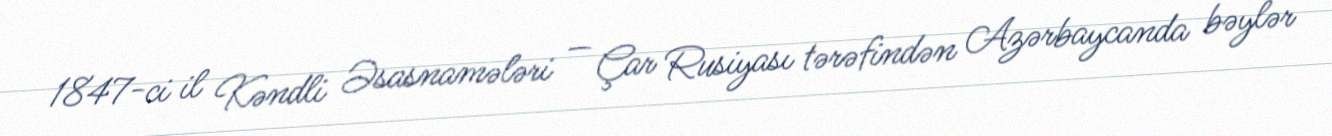
1847-ci il Kəndli Əsasnamələri — Çar Rusiyası tərəfindən Azərbaycanda bəylər